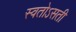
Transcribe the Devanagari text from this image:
स्वतोऽसती